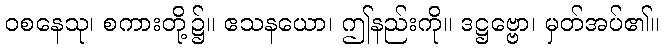
ဝစနေသု၊ စကားတို့၌။ ဧသနယော၊ ဤနည်းကို။ ဒဋ္ဌဗ္ဗော၊ မှတ်အပ်၏။